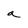
Character: a